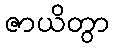
ဇာယိတွာ